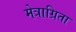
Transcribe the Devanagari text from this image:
मेत्राग्रिता